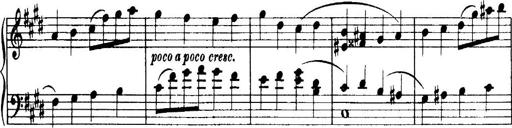
Title: 3 Sonatinas, Op.67
Composer: Jean Sibelius